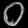
Digit: ၀